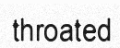
throated